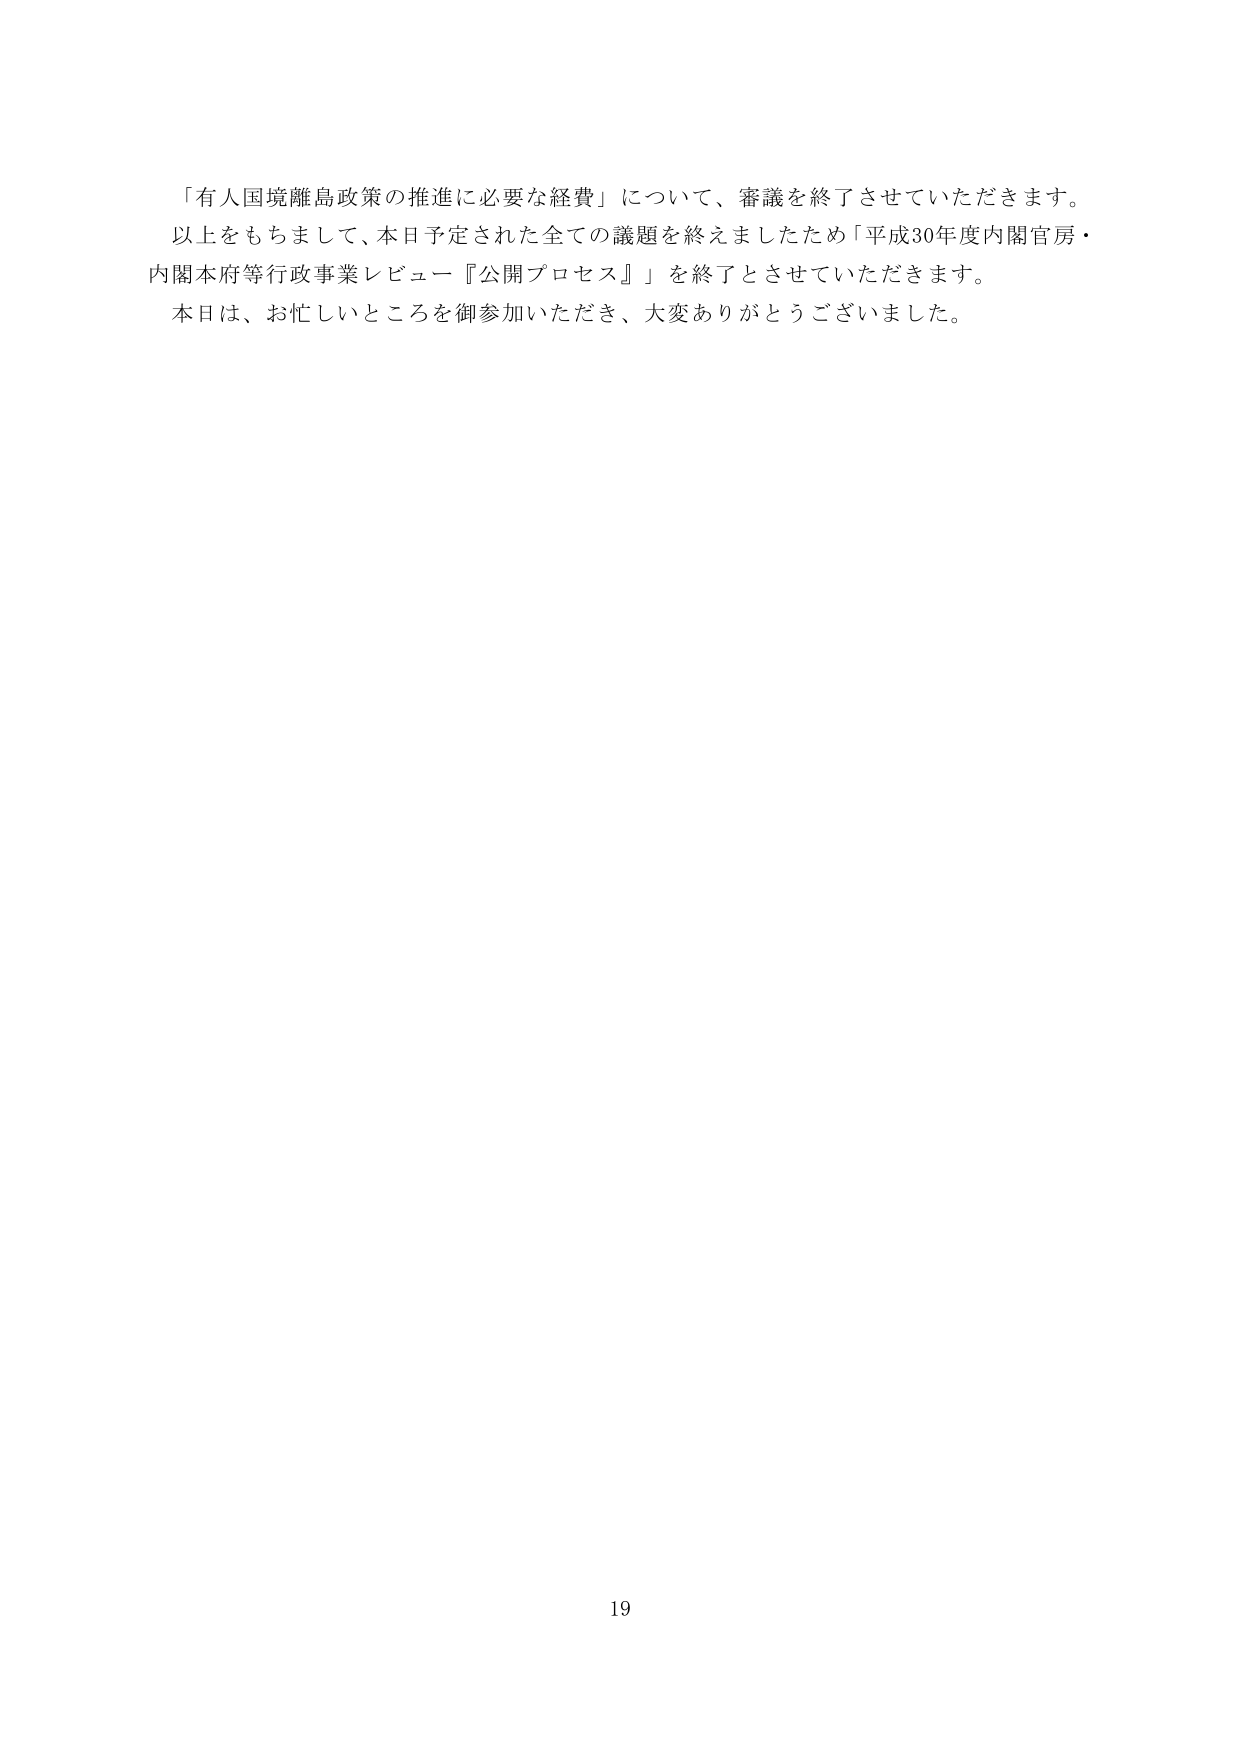
「有人国境離島政策の推進に必要な経費」について、審議を終了させていただきます。
以上をもちまして、本日予定された全ての議題を終えましたため「平成30年度内閣官房・
内閣本府等行政事業レビュー『公開プロセス』」を終了とさせていただきます。
本日は、お忙しいところを御参加いただき、大変ありがとうございました。

19